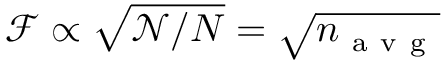
\mathcal { F } \propto \sqrt { \mathcal { N } / N } = \sqrt { n _ { \mathrm { ~ a ~ v ~ g ~ } } }